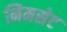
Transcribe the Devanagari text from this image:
निमसेट